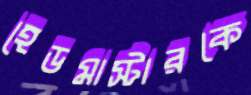
হেডমাস্টারকে